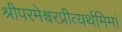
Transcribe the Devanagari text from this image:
श्रीपरमेश्वरप्रीत्यर्थमिमां